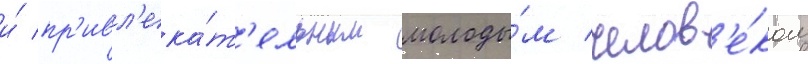
и́ пр'ивл'ека́т'ельным молоды́м челов'е́ком